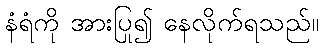
နံရံကို အားပြု၍ နေလိုက်ရသည်။